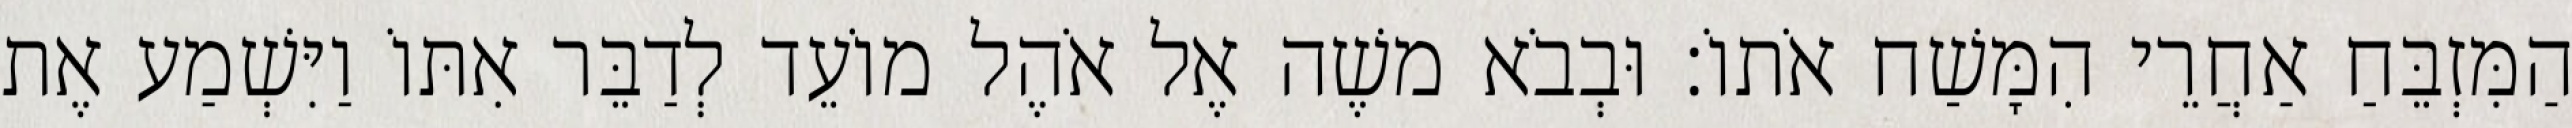
הַמִּזְבֵּחַ אַחֲרֵי הִמָּשַׁח אֹתוֹ׃ וּבְבֹא משֶׁה אֶל אֹהֶל מוֹעֵד לְדַבֵּר אִתּוֹ וַיִּשְׁמַע אֶת